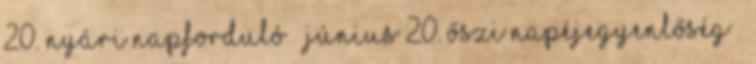
20. Nyári Napforduló – Június 20. Őszi Napéjegyenlőség –